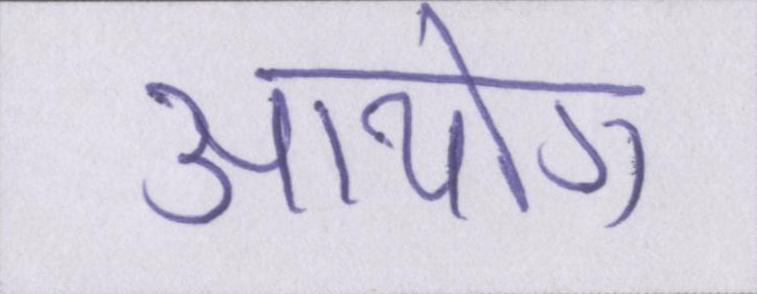
आयोग